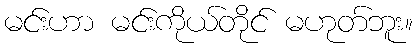
မင်းဟာ မင်းကိုယ်တိုင် မဟုတ်ဘူး။